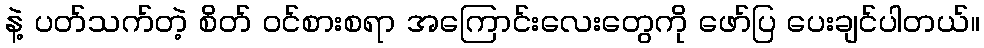
နဲ့ ပတ်သက်တဲ့ စိတ် ဝင်စားစရာ အကြောင်းလေးတွေကို ဖော်ပြ ပေးချင်ပါတယ်။